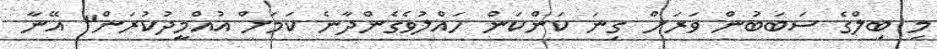
މި ބިލްގެ ސަބަބުން ވަރަށް ގިނަ ކަންކަން ހައްލުވެގެންދާނެ ކަމަށް އުއްމީދުކުރަން" އޭނާ